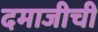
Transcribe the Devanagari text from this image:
दमाजीची